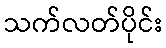
သက်လတ်ပိုင်း